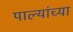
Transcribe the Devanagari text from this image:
पाल्यांच्या